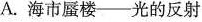
A. 海市蜃楼——光的反射